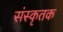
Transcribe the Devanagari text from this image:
संस्कृतक